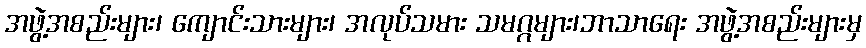
အဖွဲ့အစည်းများ၊ ကျောင်းသားများ၊ အလုပ်သမား သမဂ္ဂများ၊ဘာသာရေး အဖွဲ့အစည်းများမှ